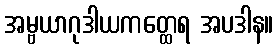
အမ္ဗယာဂုဒါယကတ္ထေရ အပဒါန။